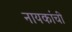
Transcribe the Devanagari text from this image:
नायकांची